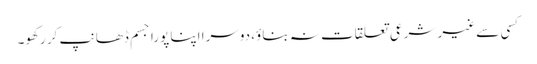
کسی سے غیر شرعی تعلقات نہ بناؤ، دوسرا اپنا پورا جسم ڈھانپ کر رکھو۔